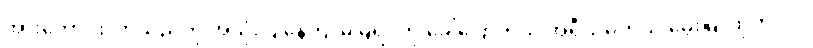
အားကောင်းလာသည်ကို အသုံးပြုနေကျ မမြရင်ကို ခေါ်ပြောတယ် အိုရီယမ်တယ် မွေးမြူထုတ်လုပ်